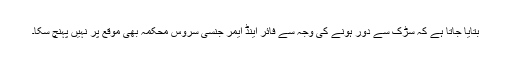
بتایا جاتا ہے کہ سڑک سے دور ہونے کی وجہ سے فائر اینڈ ایمر جنسی سروس محکمہ بھی موقع پر نہیں پہنچ سکا۔